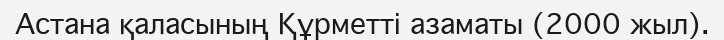
Астана қаласының Құрметті азаматы (2000 жыл).